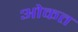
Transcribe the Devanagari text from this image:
ओकत